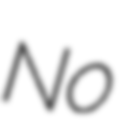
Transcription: No